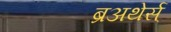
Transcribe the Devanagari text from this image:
ब्रअथेर्स्